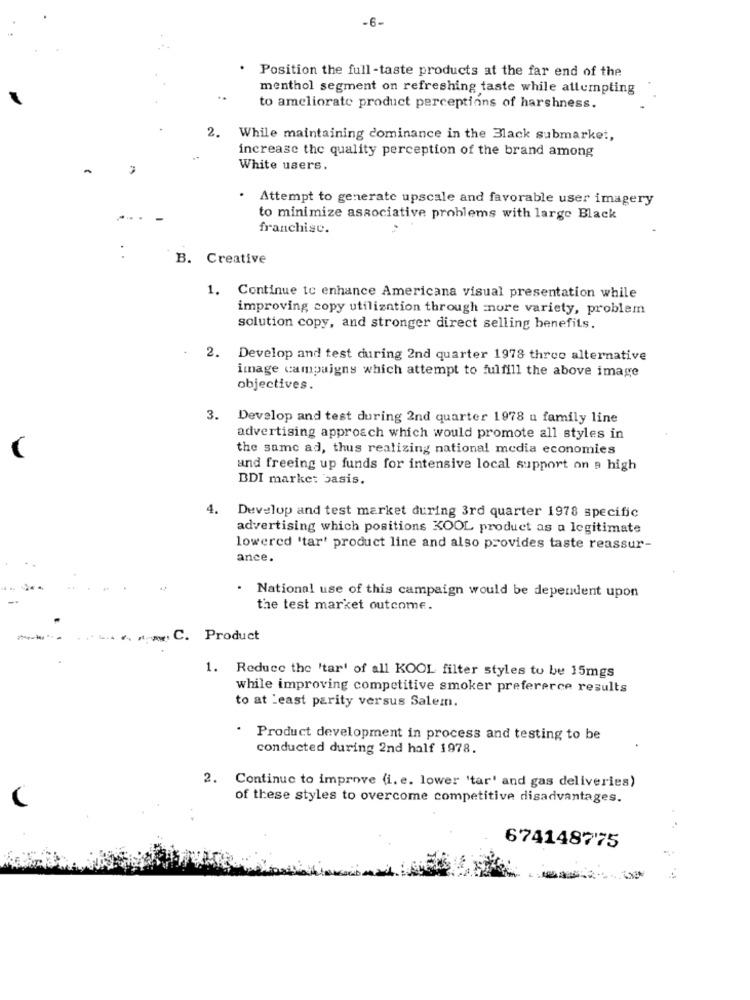
-6-
Position the full -taste products at the far end of the
menthol segment on refreshing taste while attempting
to ameliorate product perceptions of harshness.
2.
While maintaining dominance in the Black submarket,
increase the quality perception of the brand among
White users.
.
Attempt to generate upscale and favorable user imagery
to minimize associative problems with large Black
franchise.
B. Creative
1. Continue to enhance Americana visual presentation while
improving copy utilization through more variety, problem
solution copy, and stronger direct selling benefits.
2. Develop and test during 2nd quarter 1978 three alternative
image campaigns which attempt to fulfill the above image
objectives.
3. Develop and test during 2nd quarter 1978 u family line
advertising approach which would promote all styles in
the same ad, thus realizing national media economies
and freeing up funds for intensive local support on a high
BDI market basis.
4. Develop and test market during 3rd quarter 1978 specific
advertising which positions KOOL product as a legitimate
lowered 'tar' product line and also provides taste reassur-
ance.
.
National use of this campaign would be dependent upon
the test market outcome.
w. C. Product
1. Reduce the 'tar' of all KOOL filter styles to be 15mgs
while improving competitive smoker prefererce results
to at least parity versus Salem.
· Product development in process and testing to be
conducted during 2nd half 1978.
2. Continue to improve (i. e. lower 'tar' and gas deliveries)
of these styles to overcome competitive disadvantages.
6741487'75